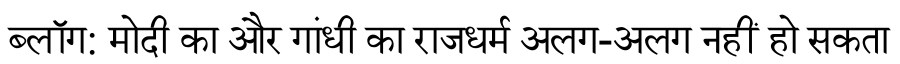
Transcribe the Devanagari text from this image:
ब्लॉग: मोदी का और गांधी का राजधर्म अलग-अलग नहीं हो सकता